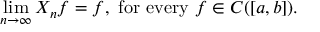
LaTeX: \operatorname* { l i m } _ { n \to \infty } X _ { n } f = f , { \mathrm { ~ f o r ~ e v e r y ~ } } f \in C ( [ a , b ] ) .